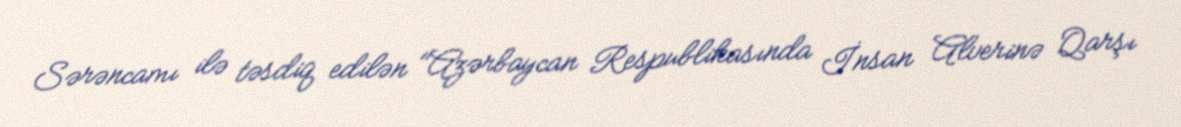
Sərəncamı ilə təsdiq edilən "Azərbaycan Respublikasında İnsan Alverinə Qarşı